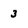
Character: 3